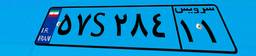
۵۷S۲۸۴۱۱